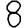
Digit: 8